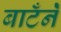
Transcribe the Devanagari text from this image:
बाटँनेँ